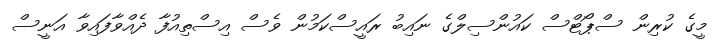
މީގެ ކުރިން ސްޕޯޓްސް ކައުންސިލްގެ ނައިބު ރައީސްކަމުން ވެސް އިސްތިއުފާ ދެއްވާފައިވާ އަނީސް